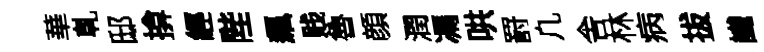
華乹邸揜經陛飆贱魯顔潤馮哄罸凢舎林病拔䜟